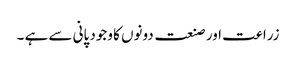
زراعت اور صنعت دونوں کا وجود پانی سے ہے ۔